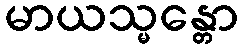
မာယသ္မန္တော